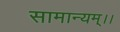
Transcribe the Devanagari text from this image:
सामान्यम्।।